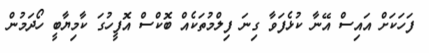
ފަހަކަށް އައިސް އޭނާ ކުޅެފަވާ ގިނަ ފިލްމުތަކެއް ބޮކްސް އޮފީހުގަ ކާމިޔާބީ ހޯދަމުން